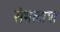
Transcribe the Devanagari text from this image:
संभलाया